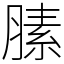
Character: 膆